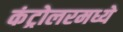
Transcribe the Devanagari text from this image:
कंट्रोलरमध्ये